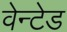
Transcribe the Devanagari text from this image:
वेन्टेड